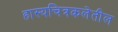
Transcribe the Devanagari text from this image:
हास्यचित्रकलेतील